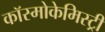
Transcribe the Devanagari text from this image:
कॉस्मोकेमिस्ट्री